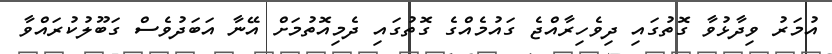
އުމަރު ވިދާޅުވާ ގޮތުގައި ދިވެހިރާއްޖެ ގައުމެއްގެ ގޮތުގައި ދެމިއޮތުމަށް އޭނާ އަބަދުވެސް ގަބޫލުކުރައްވާ